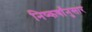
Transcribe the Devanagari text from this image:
निष्कर्षांनुसार